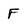
Character: F